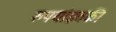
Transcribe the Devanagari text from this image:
रुपयांइतकी